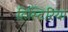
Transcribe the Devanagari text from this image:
हिस्टिरिया